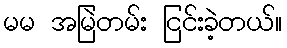
မမ အမြဲတမ်း ငြင်းခဲ့တယ်။